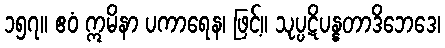
၁၅၇။ ဧဝံ ဣမိနာ ပကာရေန၊ ဖြင့်။ သုပ္ပဋိပန္နတာဒိဘေဒေ၊